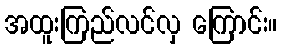
အထူးကြည်လင်လှ ကြောင်း။